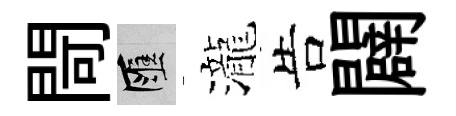
閜匯瀧告闢